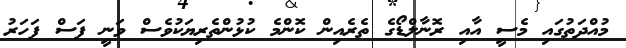
މުއްދަތުގައި މެސީ އާއި ރޮނާލްޑޯގެ ތެރެއިން ކޮންމެ ކުޅުންތެރިޔަކުވެސް ވަނީ ފަސް ފަހަރު